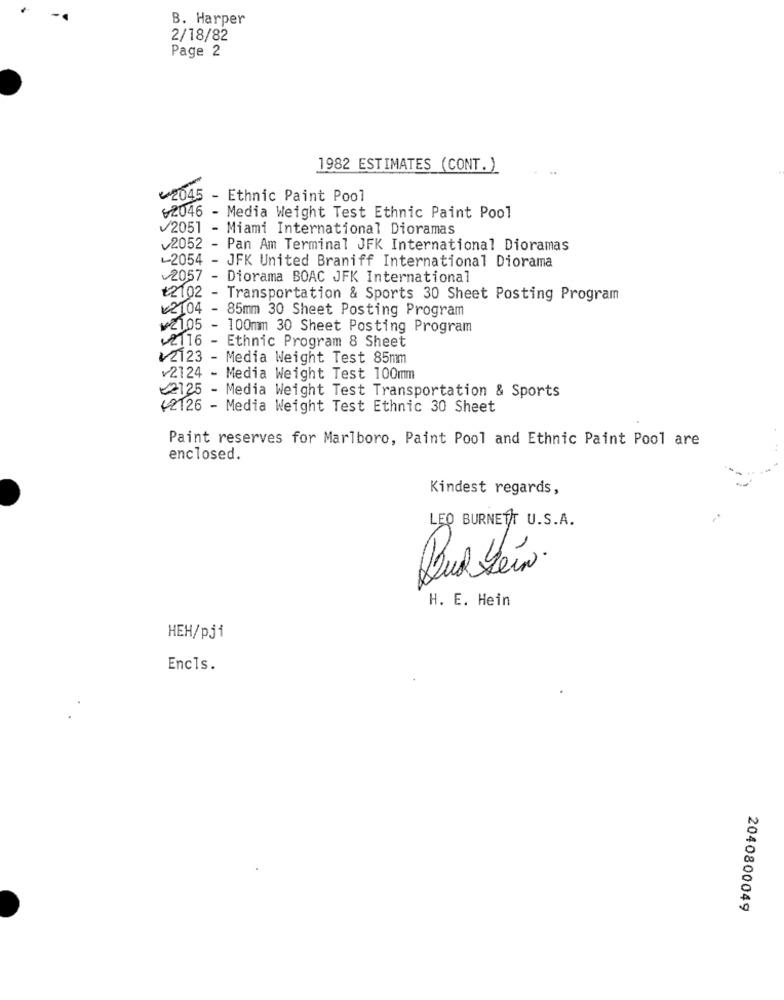
B. Harper
2/18/82
Page 2
1982 ESTIMATES (CONT. )
₩2045 - Ethnic Paint Pool
62046 - Media Weight Test Ethnic Paint Pool
2051 - Miami International Dioramas
v2052 - Pan Am Terminal JFK International Dioramas
L2054 - JFK United Braniff International Diorama
2057 - Diorama BOAC JFK International
₺2102 - Transportation & Sports 30 Sheet Posting Program
₡2104 - 85mm 30 Sheet Posting Program
₩2105 - 100mm 30 Sheet Posting Program
2116 - Ethnic Program 8 Sheet
12123 - Media Weight Test 85mm
v2124 - Media Weight Test 100mm
2125 - Media Weight Test Transportation & Sports
<2126 - Media Weight Test Ethnic 30 Sheet
Paint reserves for Marlboro, Paint Pool and Ethnic Paint Pool are
enclosed.
Kindest regards,
LEO BURNETT U.S.A.
H. E. Hein
HEH/pj1
Encls.
2040800049